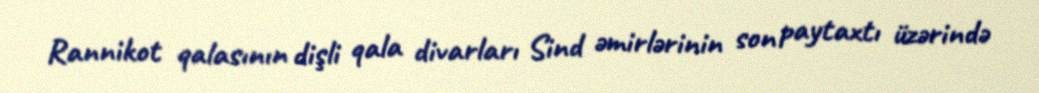
Rannikot qalasının dişli qala divarları Sind əmirlərinin son paytaxtı üzərində